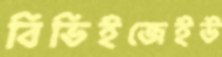
বিভিইজেইউ